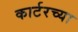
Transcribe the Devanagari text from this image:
कार्टरच्या